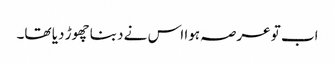
اب تو عرصہ ہوا اس نے دبنا چھوڑ دیا تھا۔